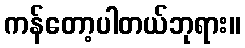
ကန်တော့ပါတယ်ဘုရား။